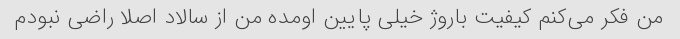
من فکر می‌کنم کیفیت باروژ خیلی پایین اومده من از سالاد اصلا راضی نبودم